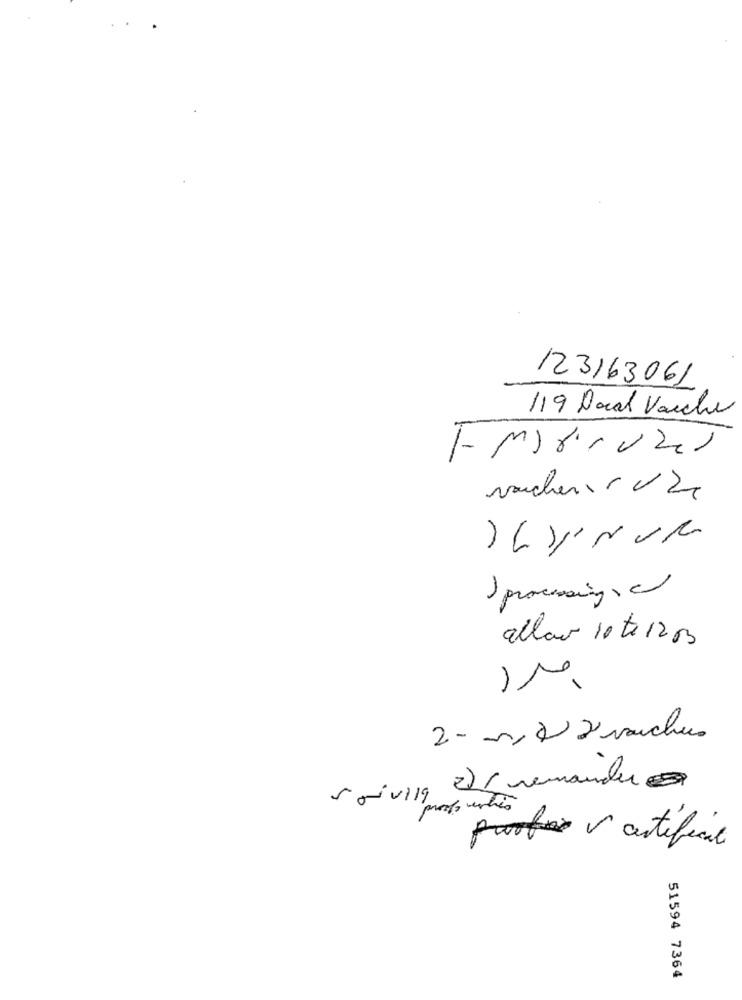
123163061
119 Dare Varche
E- matruzes
vacher 1 /2
1 processing,
aller 10 to 1203
IM
2 - me x2 manches
2) / remander
saivill
proofouentão
v artificie
51594 7364